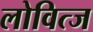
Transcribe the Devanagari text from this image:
लोवित्ज